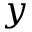
y